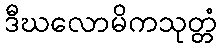
ဒီဃလောမိကသုတ္တံ